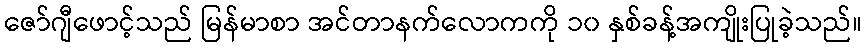
ဇော်ဂျီဖောင့်သည် မြန်မာစာ အင်တာနက်လောကကို ၁၀ နှစ်ခန့်အကျိုးပြုခဲ့သည်။